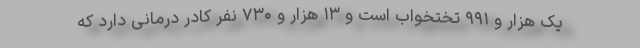
یک هزار و ۹۹۱ تختخواب است و ۱۳ هزار و ۷۳۰ نفر کادر درمانی دارد که